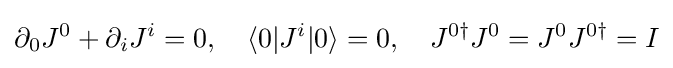
\partial _{0}J^{0}+\partial _{i}J^{i}=0,\quad \langle 0|J^{i}|0\rangle =0,\quad J^{0\dagger }J^{0}=J^{0}J^{0\dagger }=I